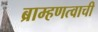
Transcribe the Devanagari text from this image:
ब्राम्हणत्वाची